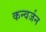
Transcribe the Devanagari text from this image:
कन्वर्जन